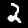
Label: 2